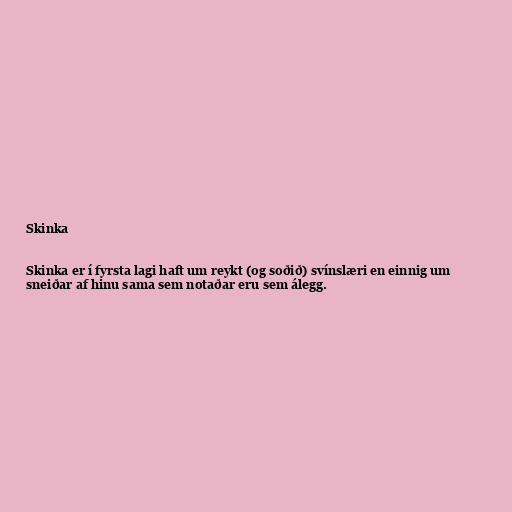
Skinka

Skinka er í fyrsta lagi haft um reykt (og soðið) svínslæri en einnig um
sneiðar af hinu sama sem notaðar eru sem álegg.